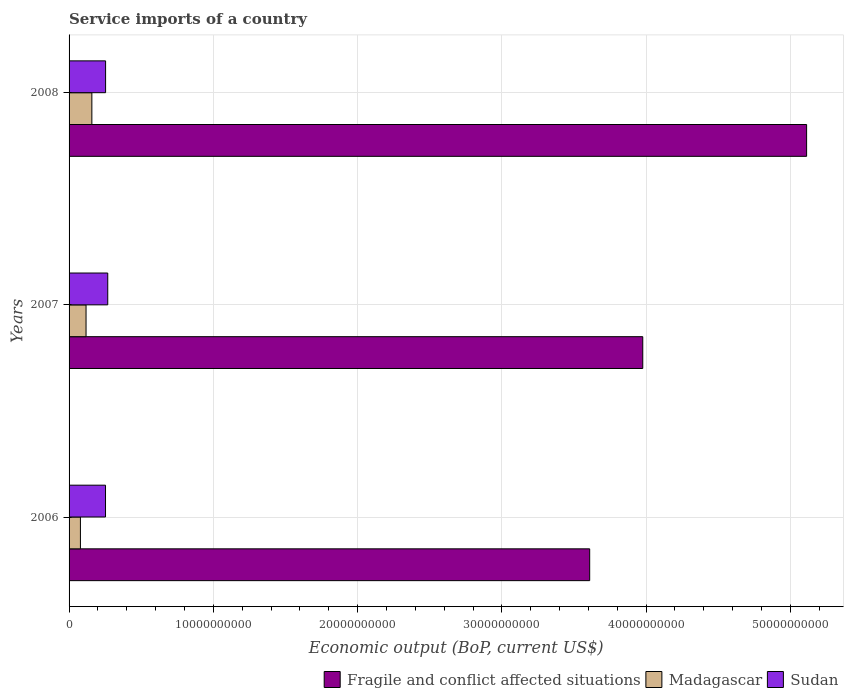
| Years | Fragile and conflict affected situations | Madagascar | Sudan |
 | --- | --- | --- | --- |
 | 2006 | 3.61e+10 | 7.87e+08 | 2.53e+09 |
 | 2007 | 3.98e+10 | 1.18e+09 | 2.68e+09 |
 | 2008 | 5.11e+10 | 1.58e+09 | 2.53e+09 |